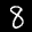
Label: 8